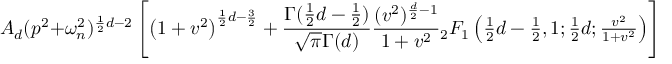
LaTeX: A _ { d } ( p ^ { 2 } + \omega _ { n } ^ { 2 } ) ^ { \frac { 1 } { 2 } d - 2 } \left[ \left( 1 + v ^ { 2 } \right) ^ { \frac { 1 } { 2 } d - \frac { 3 } { 2 } } + \frac { \Gamma ( \frac { 1 } { 2 } d - \frac { 1 } { 2 } ) } { \sqrt { \pi } \Gamma ( d ) } \frac { ( v ^ { 2 } ) ^ { \frac { d } { 2 } - 1 } } { 1 + v ^ { 2 } } { } _ { 2 } F _ { 1 } \left( \textstyle { { \frac { 1 } { 2 } d - \frac { 1 } { 2 } , 1 ; \frac { 1 } { 2 } d ; \frac { v ^ { 2 } } { 1 + v ^ { 2 } } } } \right) \right] \, \ \cdot